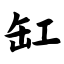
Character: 缸